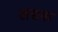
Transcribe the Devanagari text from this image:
खद्यक